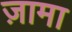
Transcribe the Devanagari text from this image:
ज़ामा